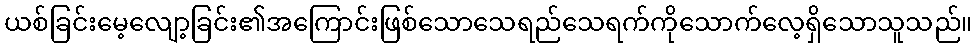
ယစ်ခြင်းမေ့လျော့ခြင်း၏အကြောင်းဖြစ်သောသေရည်သေရက်ကိုသောက်လေ့ရှိသောသူသည်။